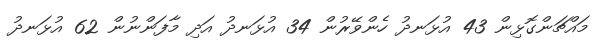
މައްޗަންގޮޅިން 43 އުޅަނދު ހެންވޭރުން 34 އުޅަނދު އަދި މާފަންނުން 62 އުޅަނދު